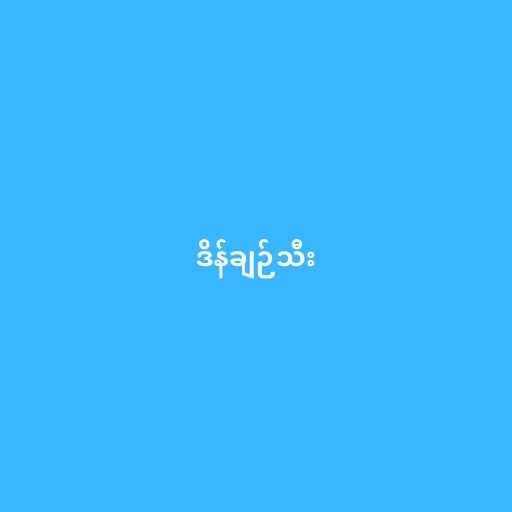
ဒိန်ချဉ်သီး